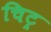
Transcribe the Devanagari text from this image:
चिट्र